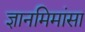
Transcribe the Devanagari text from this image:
ज्ञानमिमांसा